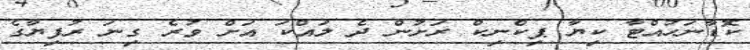
ކޮޑާނަހުއްޓާ ކިޔާ ޕިކްނިކް ރަށުން ދެ ލައްކަ އަށް ވުރެ ގިނަ ރުފިޔާގެ